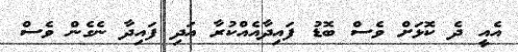
އެއީ ދެ ކޮޅަށް ވެސް ބޮޑު ފައިދާއެއްކުރާ އަދި ފައިދާ ނެގެން ވެސް